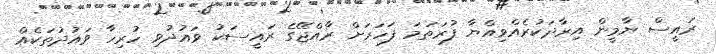
ރައީސް ޔާމީން އިރާދަކުރެއްވިއްޔާ ފުރަތަމަ ފަހަރަށް ރާއްޖޭގެ ރައީސަކު ވައުދުވި ހުރިހާ ވައުދުތަކެއް